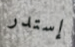
إستدر